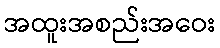
အထူးအစည်းအဝေး